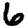
Digit: 6